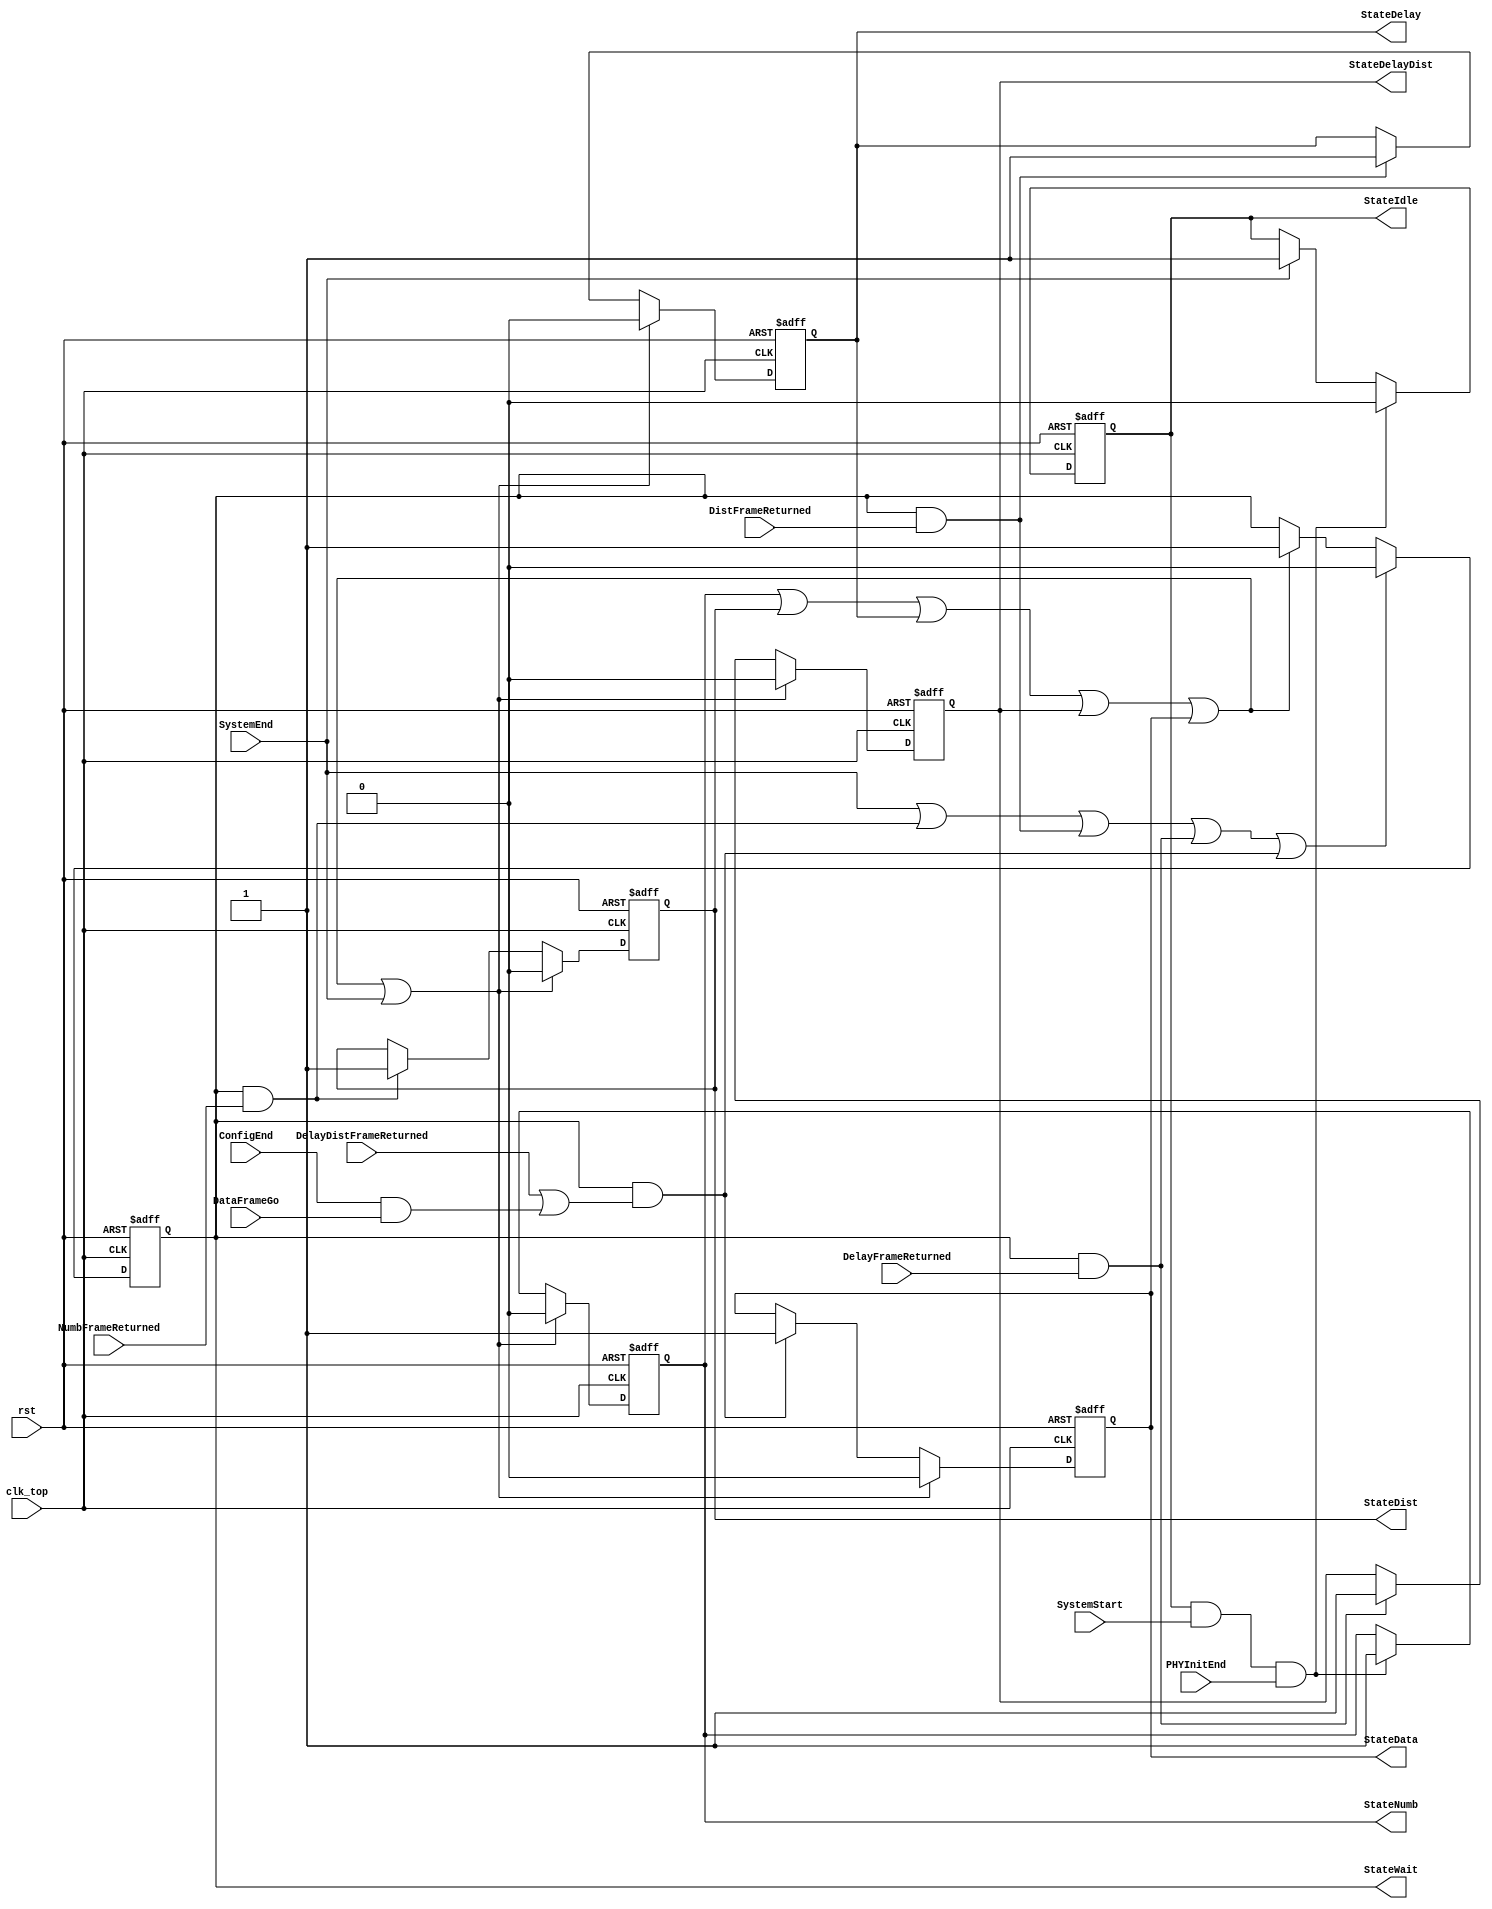
module fb_topstatem(clk_top, rst, SystemEnd, SystemStart, PHYInitEnd, NumbFrameReturned, DistFrameReturned, DelayFrameReturned,
                    DelayDistFrameReturned, ConfigEnd, DataFrameGo, StateIdle, StateNumb, StateDist, StateDelay, StateDelayDist, StateData, StateWait);
input       clk_top;   
input       rst;
input       SystemEnd;
input       SystemStart;
input       PHYInitEnd;
input       NumbFrameReturned;
input       DistFrameReturned;
input       DelayFrameReturned;
input       DelayDistFrameReturned;
input       ConfigEnd;
input       DataFrameGo;
output      StateIdle;
output      StateNumb;
output      StateDist;
output      StateDelay;
output      StateDelayDist;
output      StateData;
output      StateWait;
reg         StateIdle;
reg         StateNumb;
reg         StateDist;
reg         StateDelay;
reg         StateDelayDist;
reg         StateData;
reg         StateWait;
wire        StartIdle;
wire        StartNumb;
wire        StartDist;
wire        StartDelay;
wire        StartDelayDist;
wire        StartData;
wire        StartWait;
assign StartIdle       = SystemEnd;
assign StartNumb       = StateIdle & SystemStart & PHYInitEnd;
assign StartDist       = StateWait &  NumbFrameReturned;
assign StartDelay      = StateWait &  DistFrameReturned;
assign StartDelayDist  = StateWait &  DelayFrameReturned;
assign StartData       = StateWait & ( DelayDistFrameReturned | ConfigEnd & DataFrameGo );
assign StartWait       = StateNumb | StateDist | StateDelay | StateDelayDist | StateData;
always@(posedge clk_top or posedge rst)
begin
   if(rst)
   begin
      StateIdle          <= 1'b1;
      StateNumb          <= 1'b0;
      StateDist          <= 1'b0;
      StateDelay         <= 1'b0;
      StateDelayDist     <= 1'b0;
      StateData          <= 1'b0;
      StateWait          <= 1'b0;
   end
   else
   begin
      if(StartNumb)
        StateIdle <=  1'b0;
      else
      if(StartIdle)
        StateIdle <=  1'b1;
      if(StartWait | StartIdle)
        StateNumb <=  1'b0;
      else
      if(StartNumb)
        StateNumb <=  1'b1;
      if(StartWait | StartIdle)
        StateDist <=  1'b0;
      else
      if(StartDist)
        StateDist <=  1'b1;
      if(StartWait | StartIdle)
        StateDelay <=  1'b0;
      else
      if(StartDelay)
        StateDelay <=  1'b1;
      if(StartWait | StartIdle)
        StateDelayDist <=  1'b0;
      else
      if(StartDelayDist)
        StateDelayDist <=  1'b1;
      if(StartWait | StartIdle)
        StateData <=  1'b0;
      else
      if(StartData)
        StateData <=  1'b1;
      if(StartIdle | StartDist | StartDelay | StartDelayDist | StartData)
        StateWait <=  1'b0;
      else
      if(StartWait)
        StateWait <=  1'b1;
   end
end
endmodule